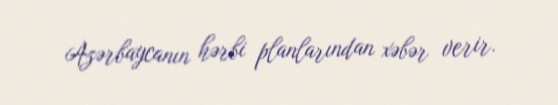
Azərbaycanın hərbi planlarından xəbər verir.